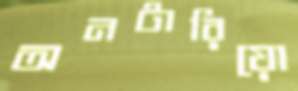
অনটারিয়ো